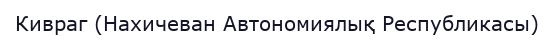
Кивраг (Нахичеван Автономиялық Республикасы)